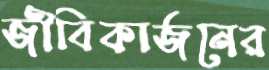
জীবিকার্জনের